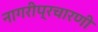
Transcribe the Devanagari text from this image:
नागरीप्रचारणी